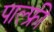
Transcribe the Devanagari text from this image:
पाल्फ्री